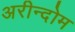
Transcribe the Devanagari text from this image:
अरीन्दोम